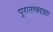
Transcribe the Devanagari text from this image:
पुरातत्त्वदृष्ट्या